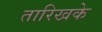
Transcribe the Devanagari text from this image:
तारिखके